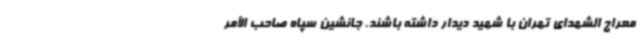
معراج الشهدای تهران با شهید دیدار داشته باشند. جانشین سپاه صاحب الأمر